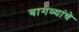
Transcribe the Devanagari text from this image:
बागव्यांचे